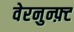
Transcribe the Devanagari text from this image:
वेरनुन्फ़्ट